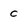
Character: C